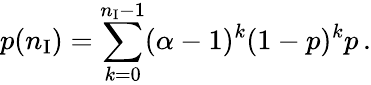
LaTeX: p(n_{\mathrm{I}})=\sum_{k=0}^{n_{\mathrm{I}}-1}(\alpha-1)^{k}(1-p)^{k}p\, .